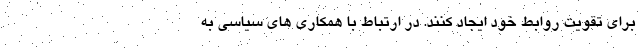
برای تقویت روابط خود ایجاد کنند. در ارتباط با همکاری های سیاسی به